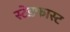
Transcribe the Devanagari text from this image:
स्टेडफास्ट